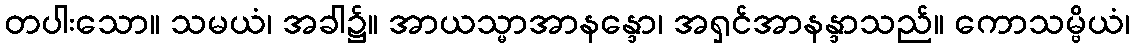
တပါးသော။ သမယံ၊ အခါ၌။ အာယသ္မာအာနန္ဒော၊ အရှင်အာနန္ဒာသည်။ ကောသမ္ဗိယံ၊